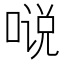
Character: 𱓤